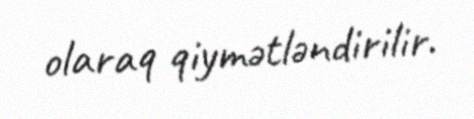
olaraq qiymətləndirilir.